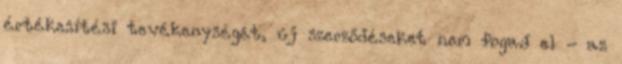
értékesítési tevékenységét, új szerződéseket nem fogad el - az